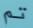
تم